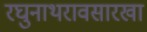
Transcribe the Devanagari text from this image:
रघुनाथरावसारखा